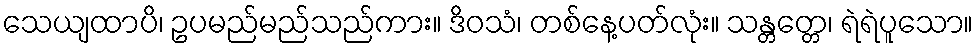
သေယျထာပိ၊ ဥပမည်မည်သည်ကား။ ဒိဝသံ၊ တစ်နေ့ပတ်လုံး။ သန္တတ္တေ၊ ရဲရဲပူသော။